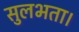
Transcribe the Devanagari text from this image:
सुलभता।